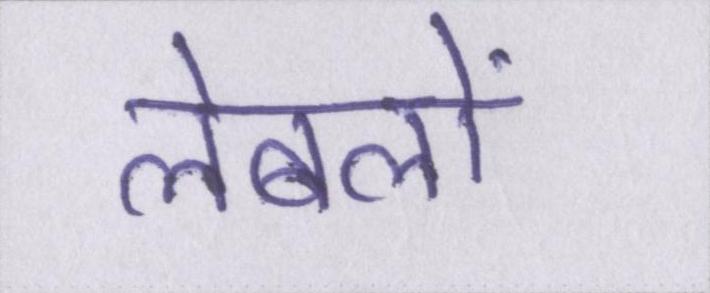
लेबलों